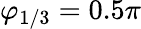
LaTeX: \varphi_{1/3}=0.5\pi